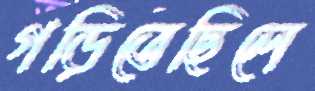
গড়িতেছিলে